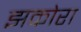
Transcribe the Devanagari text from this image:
झकोरा